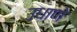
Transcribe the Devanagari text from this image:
उधाणे